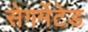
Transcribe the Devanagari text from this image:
सेगमेंटेड